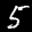
Label: 5